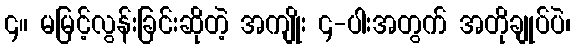
၄။ မမြင့်လွန်းခြင်းဆိုတဲ့ အကျိုး ၄-ပါးအတွက် အတိုချုပ်ပဲ၊